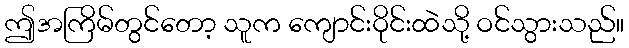
ဤအကြိမ်တွင်တော့ သူက ကျောင်းဝိုင်းထဲသို့ ဝင်သွားသည်။